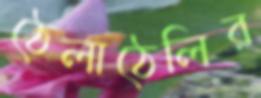
ঠেলাঠেলির